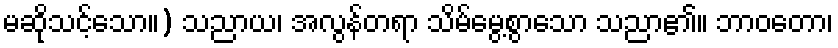
မဆိုသင့်သော။) သညာယ၊ အလွန်တရာ သိမ်မွေ့စွာသော သညာ၏။ ဘာဝတော၊